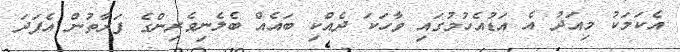
އެކަމަކު މިއަދު އެ އަޑުއެހުމުގައި ވާހަކަ ދެއްކި ބައެއް ބެލެނިވެރިންގެ ފަރާތުން އެފަދަ